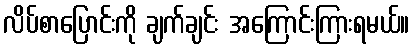
လိပ်စာပြောင်းကို ချက်ချင်း အကြောင်းကြားရမယ်။